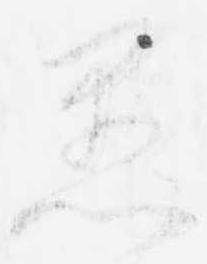
愚